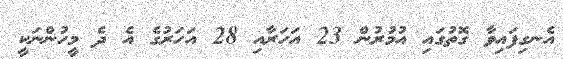
އެނގިފައިވާ ގޮތުގައި އުމުރުން 23 އަހަރާއި 28 އަހަރުގެ އެ ދެ މީހުންނަކީ